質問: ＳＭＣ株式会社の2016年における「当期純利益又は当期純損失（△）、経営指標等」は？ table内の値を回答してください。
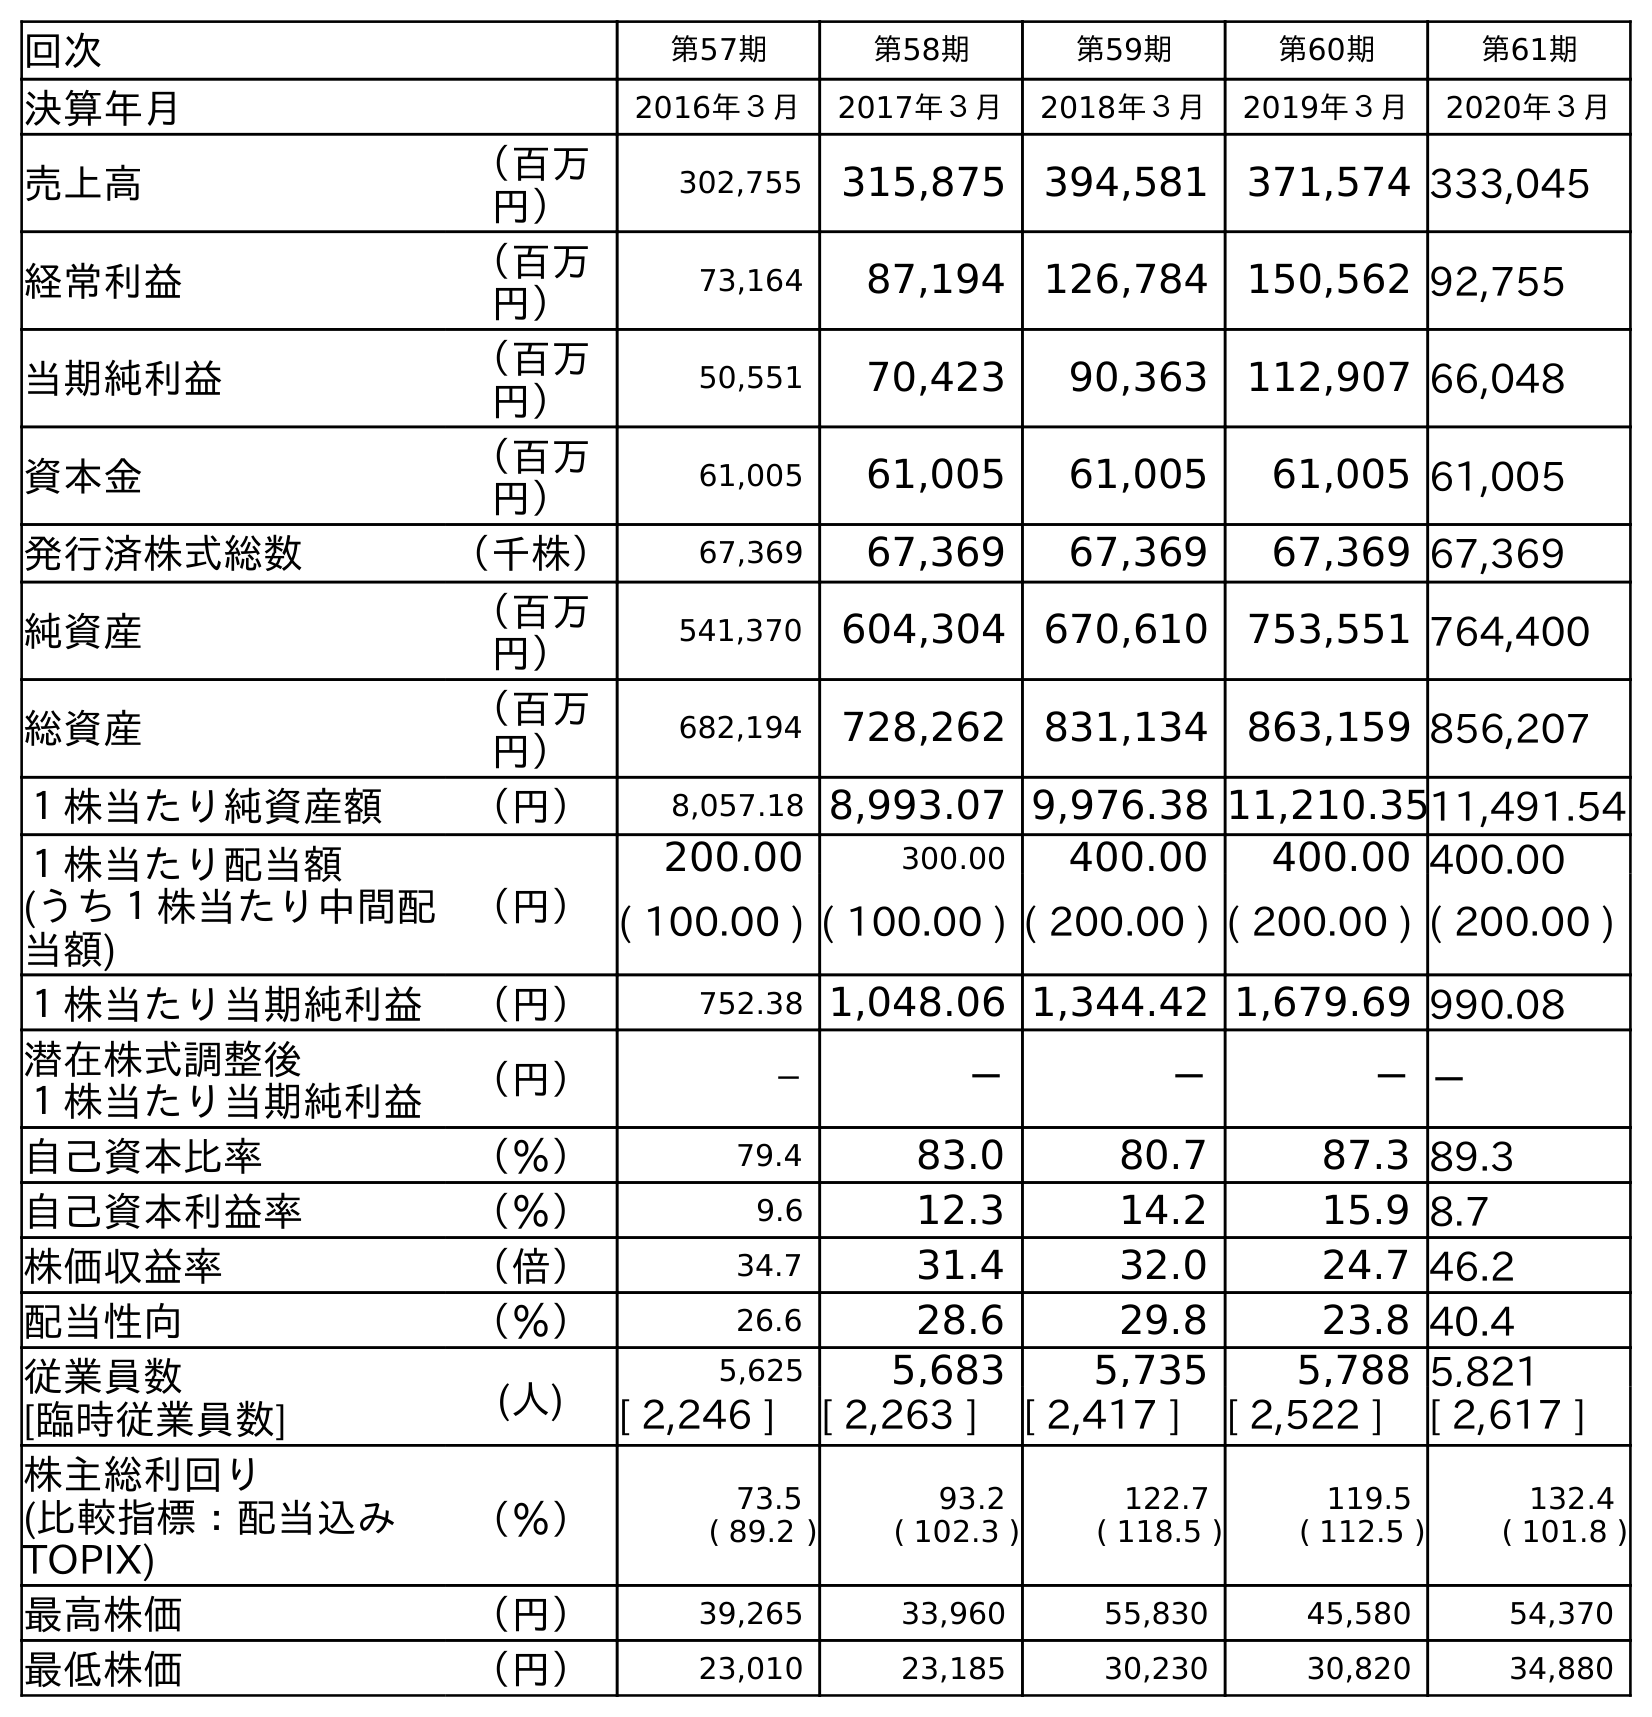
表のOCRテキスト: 回次 第57期 第58期 第59期 第60期 第61期 決算年月 2016年３月 2017年３月 2018年３月 2019年３月 2020年３月 売上高 （百万 円） 302,755 315,875 394,581 371,574 333,045 経常利益 （百万 円） 73,164 87,194 126,784 150,562 92,755 当期純利益 （百万 円） 50,551 70,423 90,363 112,907 66,048 資本金 （百万 円） 61,005 61,005 61,005 61,005 61,005 発行済株式総数 （千株） 67,369 67,369 67,369 67,369 67,369 純資産 （百万 円） 541,370 604,304 670,610 753,551 764,400 総資産 （百万 円） 682,194 728,262 831,134 863,159 856,207 １株当たり純資産額 （円） 8,057.18 8,993.07 9,976.38 11,210.3511,491.54 １株当たり配当額 (うち１株当たり中間配 当額) （円） 200.00 300.00 400.00 400.00 400.00 ( 100.00 ) ( 100.00 ) ( 200.00 ) ( 200.00 ) ( 200.00 ) １株当たり当期純利益 （円） 752.38 1,048.06 1,344.42 1,679.69 990.08 潜在株式調整後 １株当たり当期純利益 （円） － － － －－ 自己資本比率 （％） 79.4 83.0 80.7 87.3 89.3 自己資本利益率 （％） 9.6 12.3 14.2 15.9 8.7 株価収益率 （倍） 34.7 31.4 32.0 24.7 46.2 配当性向 （％） 26.6 28.6 29.8 23.8 40.4 従業員数 [臨時従業員数] (人) 5,625 5,683 5,735 5,788 5,821 [ 2,246 ] [ 2,263 ] [ 2,417 ] [ 2,522 ] [ 2,617 ] 株主総利回り (比較指標：配当込み TOPIX) （％） 73.5 ( 89.2 ) 93.2 ( 102.3 ) 122.7 ( 118.5 ) 119.5 ( 112.5 ) 132.4 ( 101.8 ) 最高株価 （円） 39,265 33,960 55,830 45,580 54,370 最低株価 （円） 23,010 23,185 30,230 30,820 34,880
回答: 50,551